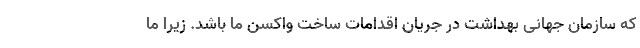
که سازمان جهانی بهداشت در جریان اقدامات ساخت واکسن ما باشد. زیرا ما